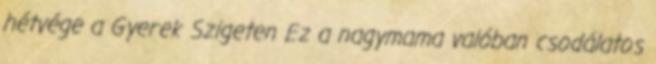
hétvége a Gyerek Szigeten Ez a nagymama valóban csodálatos